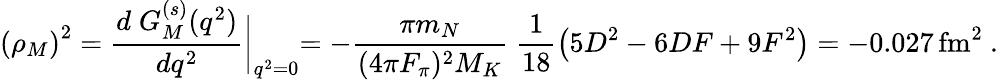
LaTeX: \left(\rho_{M}\right)^{2}=\frac{d\; G_{M}^{(s)}(q^{2})}{dq^{2}}\biggl|_{q^{2}=0}=-\frac{\pi m_{N}}{(4\pi F_{\pi})^{2}M_{K}}\; \frac{1}{18}\left(5D^{2}-6DF+9F^{2}\right)=-0.027\, \mathrm{fm}^{2}~.